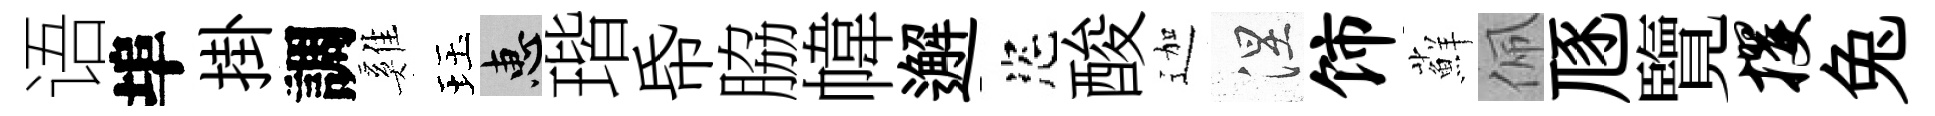
语埠掛調雞珏惠瑎帋脇幃邂恣酸迦涅饰蘚佩豗覽攫兔